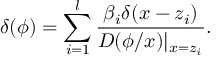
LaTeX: \delta ( \phi ) = \sum _ { i = 1 } ^ { l } \frac { \beta _ { i } \delta ( x - z _ { i } ) } { D ( \phi / x ) | _ { x = z _ { i } } } .